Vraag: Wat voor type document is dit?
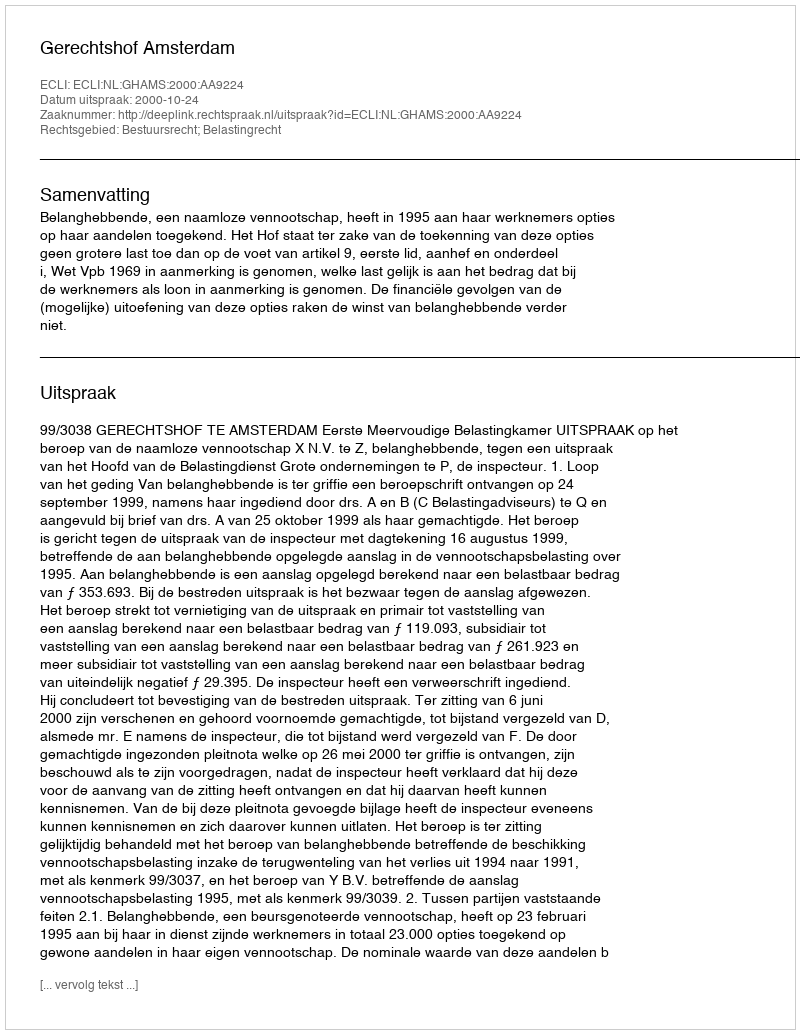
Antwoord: Uitspraak